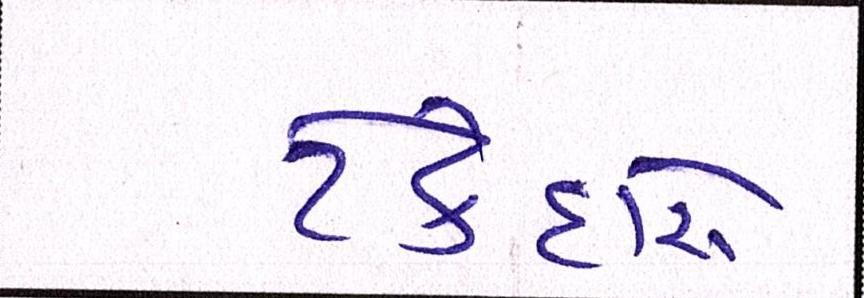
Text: ટેકેદારો